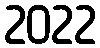
2022